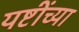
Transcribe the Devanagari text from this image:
यष्टींच्या